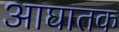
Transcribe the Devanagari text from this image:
आघातक